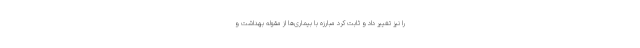
را نیز تغییر داد و ثابت کرد مبارزه با بیماری‌ها از مقوله بهداشت و